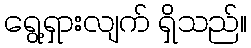
ရွေ့ရှားလျက် ရှိသည်။